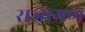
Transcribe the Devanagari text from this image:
राजागण